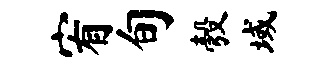
宥旬彀域